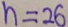
n = 2 6